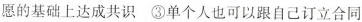
愿的基础上达成共识 ③单个人也可以跟自己订立合同